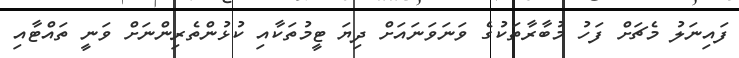
ފައިނަލު މެޗަށް ފަހު މުބާރާތަކުގެ ވަނަވަނައަށް ދިޔަ ޓީމުތަކާއި ކުޅުންތެރިންނަށް ވަނީ ތައްޓާއި